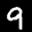
Label: 9